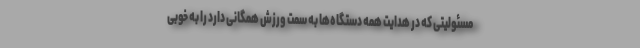
مسئولیتی که در هدایت همه دستگاه‌ها به سمت ورزش همگانی دارد را به خوبی